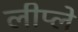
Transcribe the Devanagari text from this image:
लीप्ले